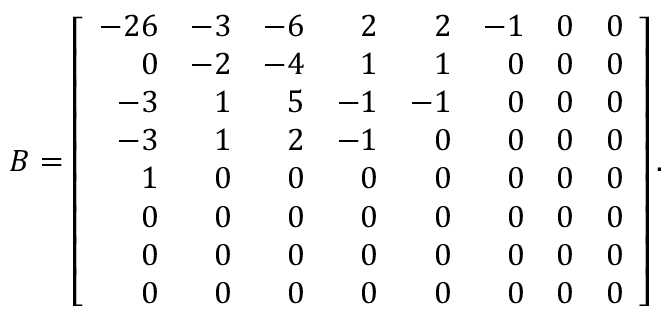
B = \left[ { \begin{array} { r r r r r r r r } { - 2 6 } & { - 3 } & { - 6 } & { 2 } & { 2 } & { - 1 } & { 0 } & { 0 } \\ { 0 } & { - 2 } & { - 4 } & { 1 } & { 1 } & { 0 } & { 0 } & { 0 } \\ { - 3 } & { 1 } & { 5 } & { - 1 } & { - 1 } & { 0 } & { 0 } & { 0 } \\ { - 3 } & { 1 } & { 2 } & { - 1 } & { 0 } & { 0 } & { 0 } & { 0 } \\ { 1 } & { 0 } & { 0 } & { 0 } & { 0 } & { 0 } & { 0 } & { 0 } \\ { 0 } & { 0 } & { 0 } & { 0 } & { 0 } & { 0 } & { 0 } & { 0 } \\ { 0 } & { 0 } & { 0 } & { 0 } & { 0 } & { 0 } & { 0 } & { 0 } \\ { 0 } & { 0 } & { 0 } & { 0 } & { 0 } & { 0 } & { 0 } & { 0 } \end{array} } \right] .